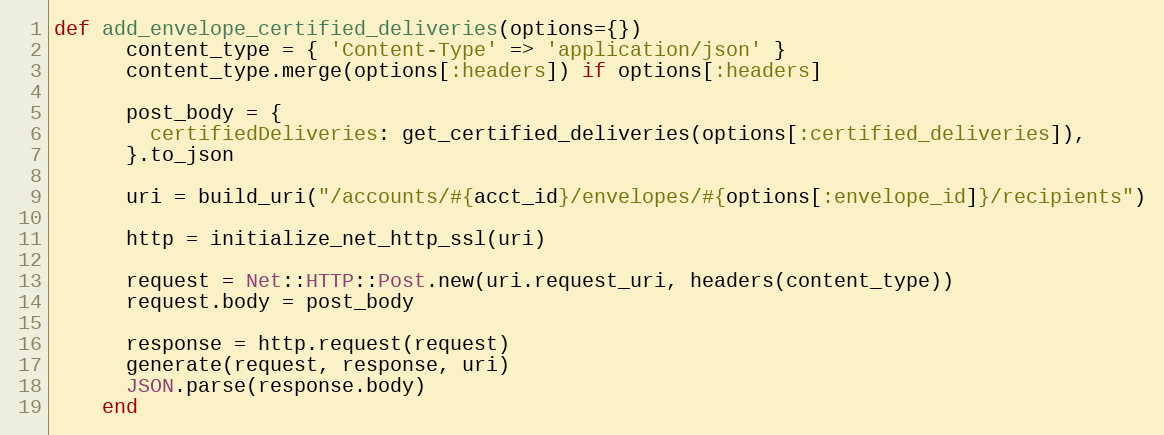
Language: Ruby
def add_envelope_certified_deliveries(options={})
      content_type = { 'Content-Type' => 'application/json' }
      content_type.merge(options[:headers]) if options[:headers]

      post_body = {
        certifiedDeliveries: get_certified_deliveries(options[:certified_deliveries]),
      }.to_json

      uri = build_uri("/accounts/#{acct_id}/envelopes/#{options[:envelope_id]}/recipients")

      http = initialize_net_http_ssl(uri)

      request = Net::HTTP::Post.new(uri.request_uri, headers(content_type))
      request.body = post_body

      response = http.request(request)
      generate(request, response, uri)
      JSON.parse(response.body)
    end